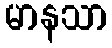
မာနသာ